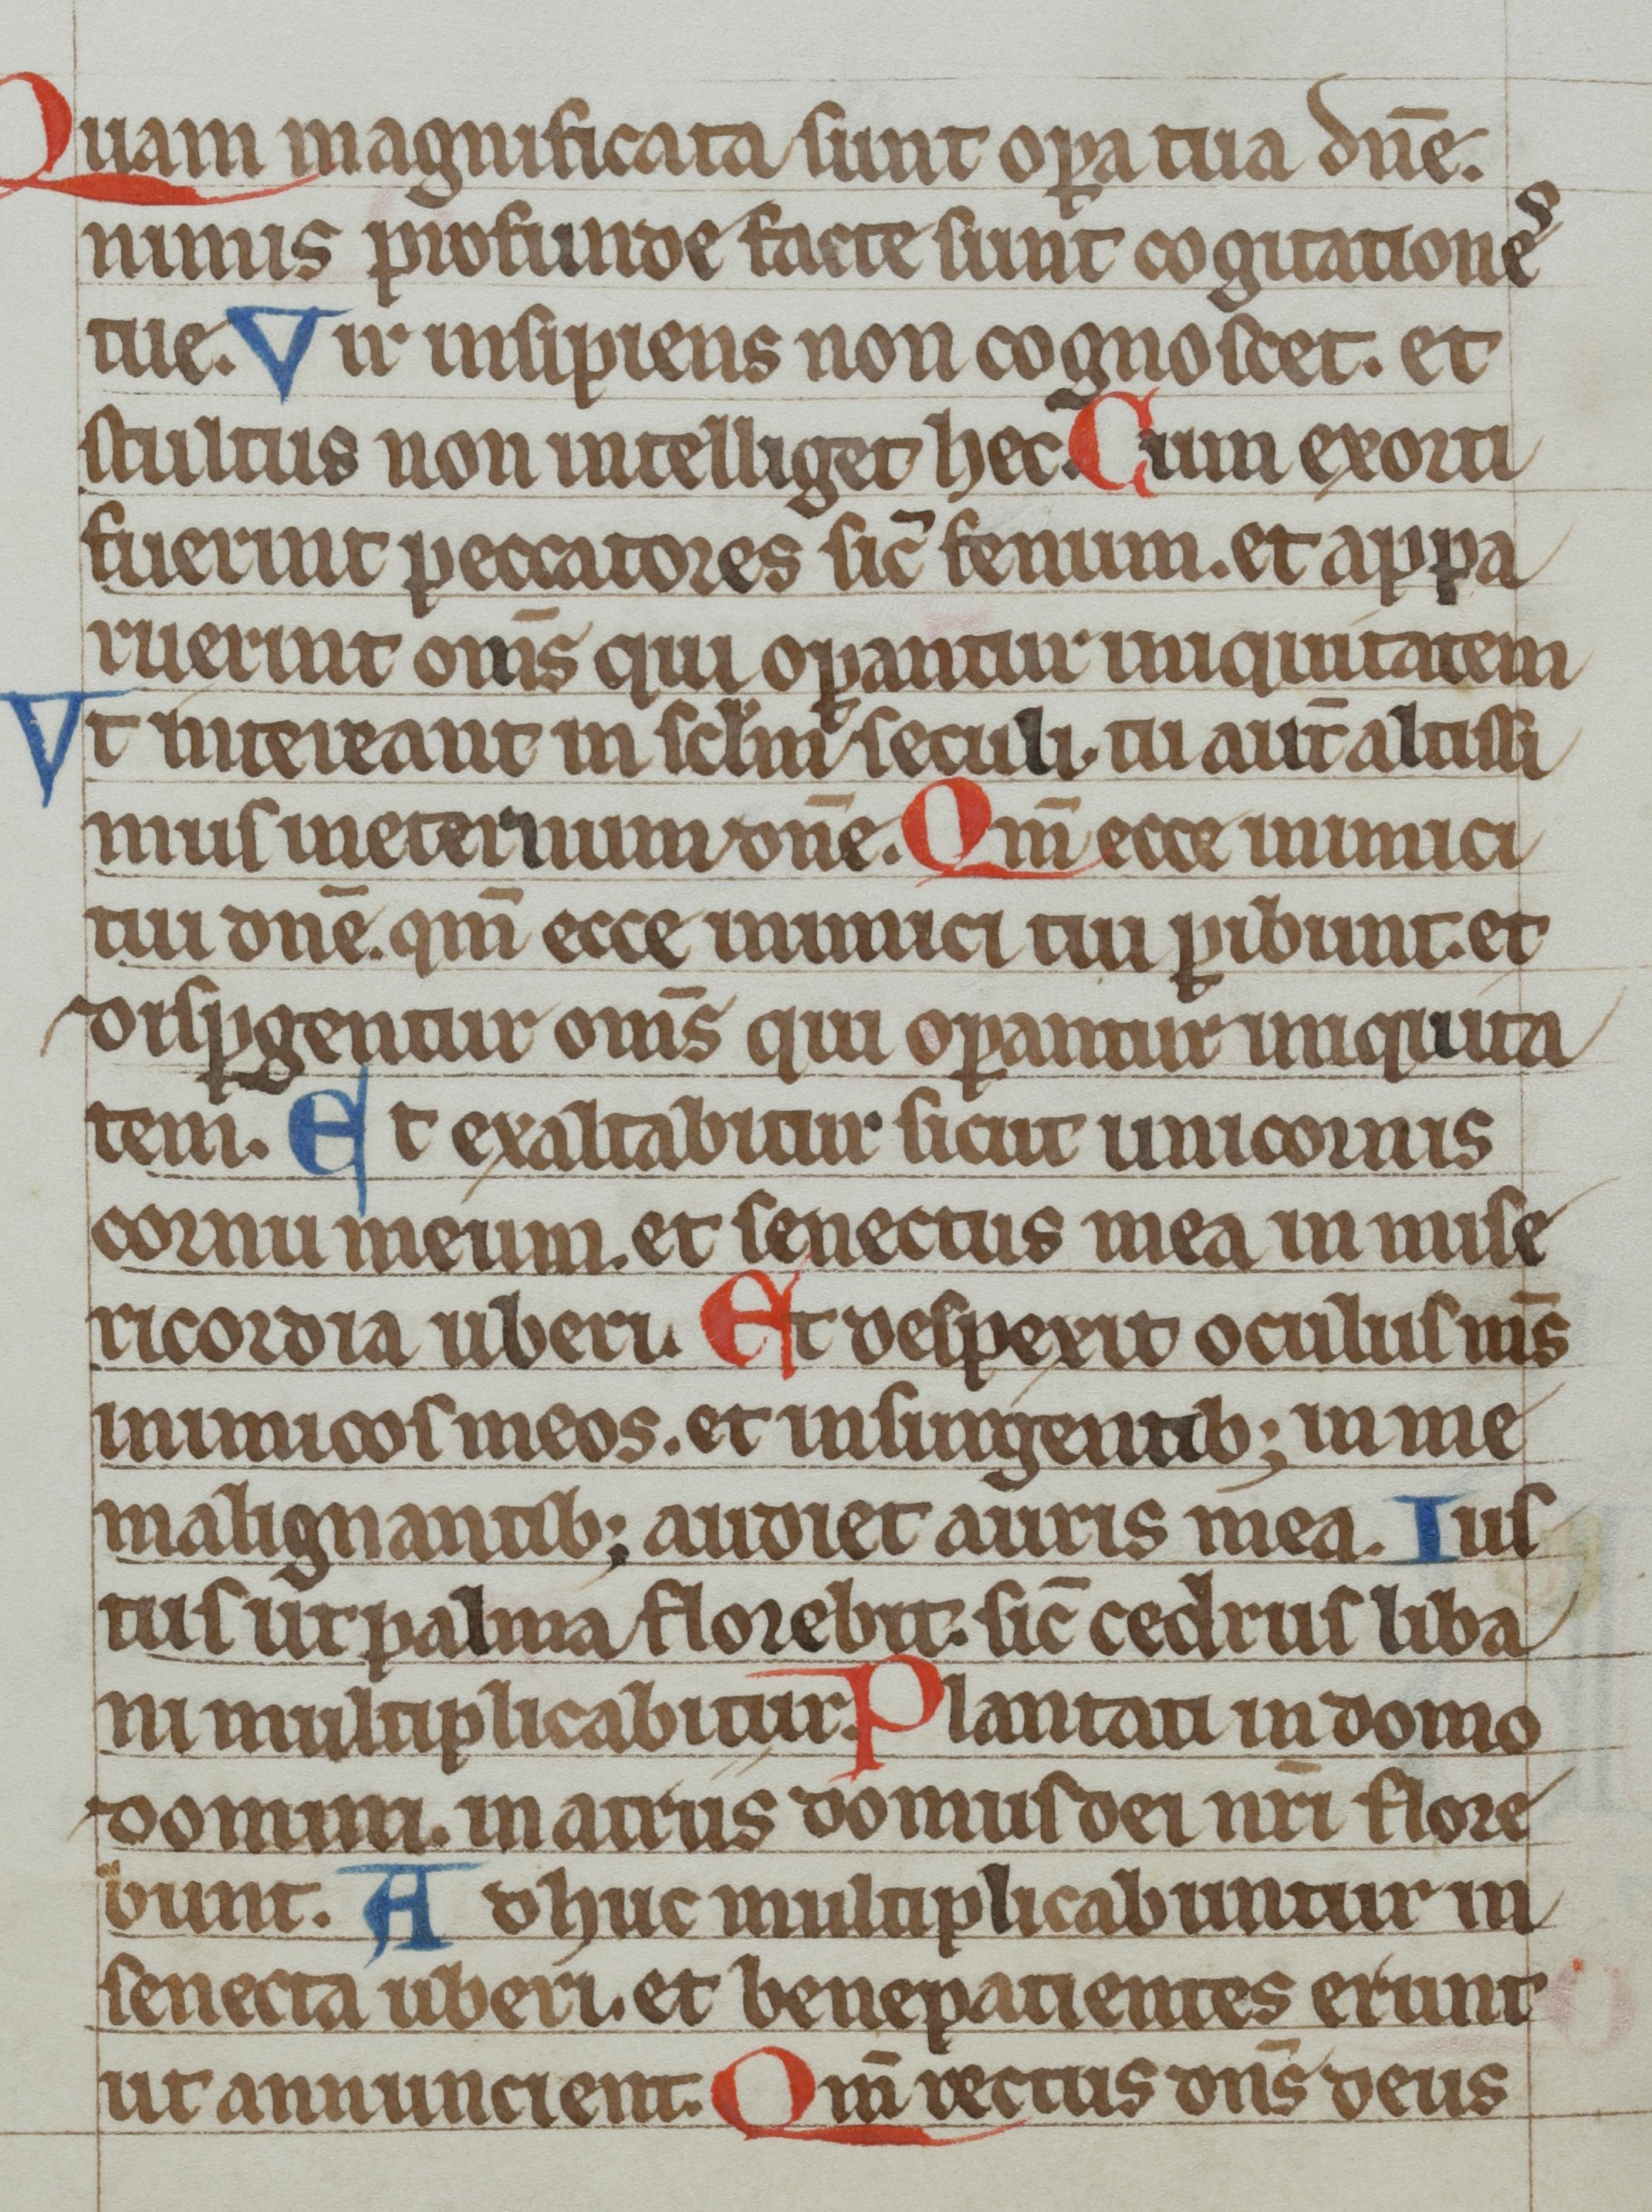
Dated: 1300–1399